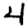
Digit: 4